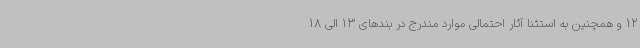
12 و همچنین به استثنا آثار احتمالی موارد مندرج در بندهای 13 الی 18